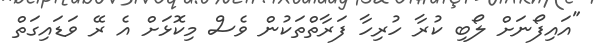
"އައިފޯނަށް ލޯބި ކުރާ ހުރިހާ ފަރާތްތަކުން ވެސް މިކޮޅަށް އެ ރޭ ވަޑައިގަތް